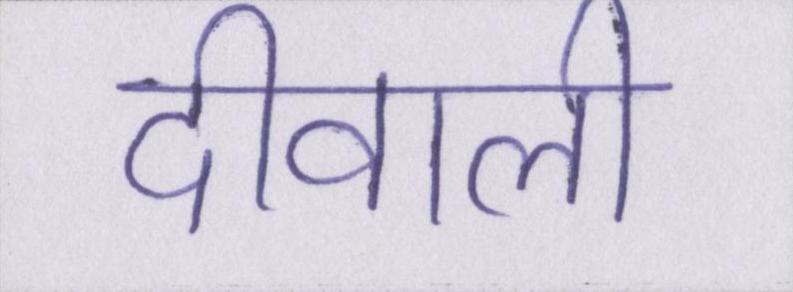
दीवाली